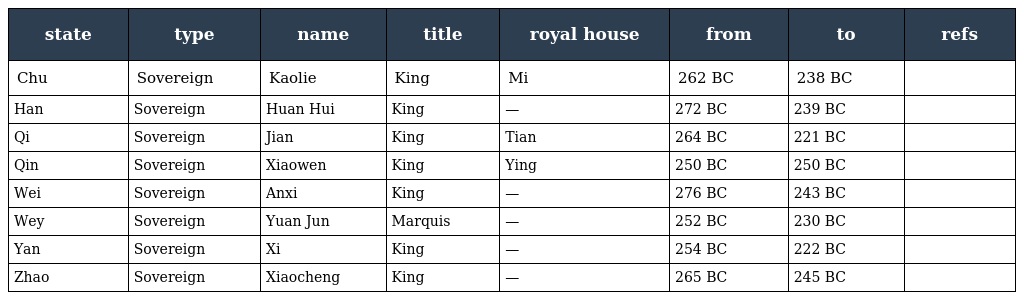
| state | type | name | title | royal house | from | to | refs |
 | --- | --- | --- | --- | --- | --- | --- | --- |
 | Chu | Sovereign | Kaolie | King | Mi | 262 BC | 238 BC |  |
 | Han | Sovereign | Huan Hui | King | — | 272 BC | 239 BC |  |
 | Qi | Sovereign | Jian | King | Tian | 264 BC | 221 BC |  |
 | Qin | Sovereign | Xiaowen | King | Ying | 250 BC | 250 BC |  |
 | Wei | Sovereign | Anxi | King | — | 276 BC | 243 BC |  |
 | Wey | Sovereign | Yuan Jun | Marquis | — | 252 BC | 230 BC |  |
 | Yan | Sovereign | Xi | King | — | 254 BC | 222 BC |  |
 | Zhao | Sovereign | Xiaocheng | King | — | 265 BC | 245 BC |  |